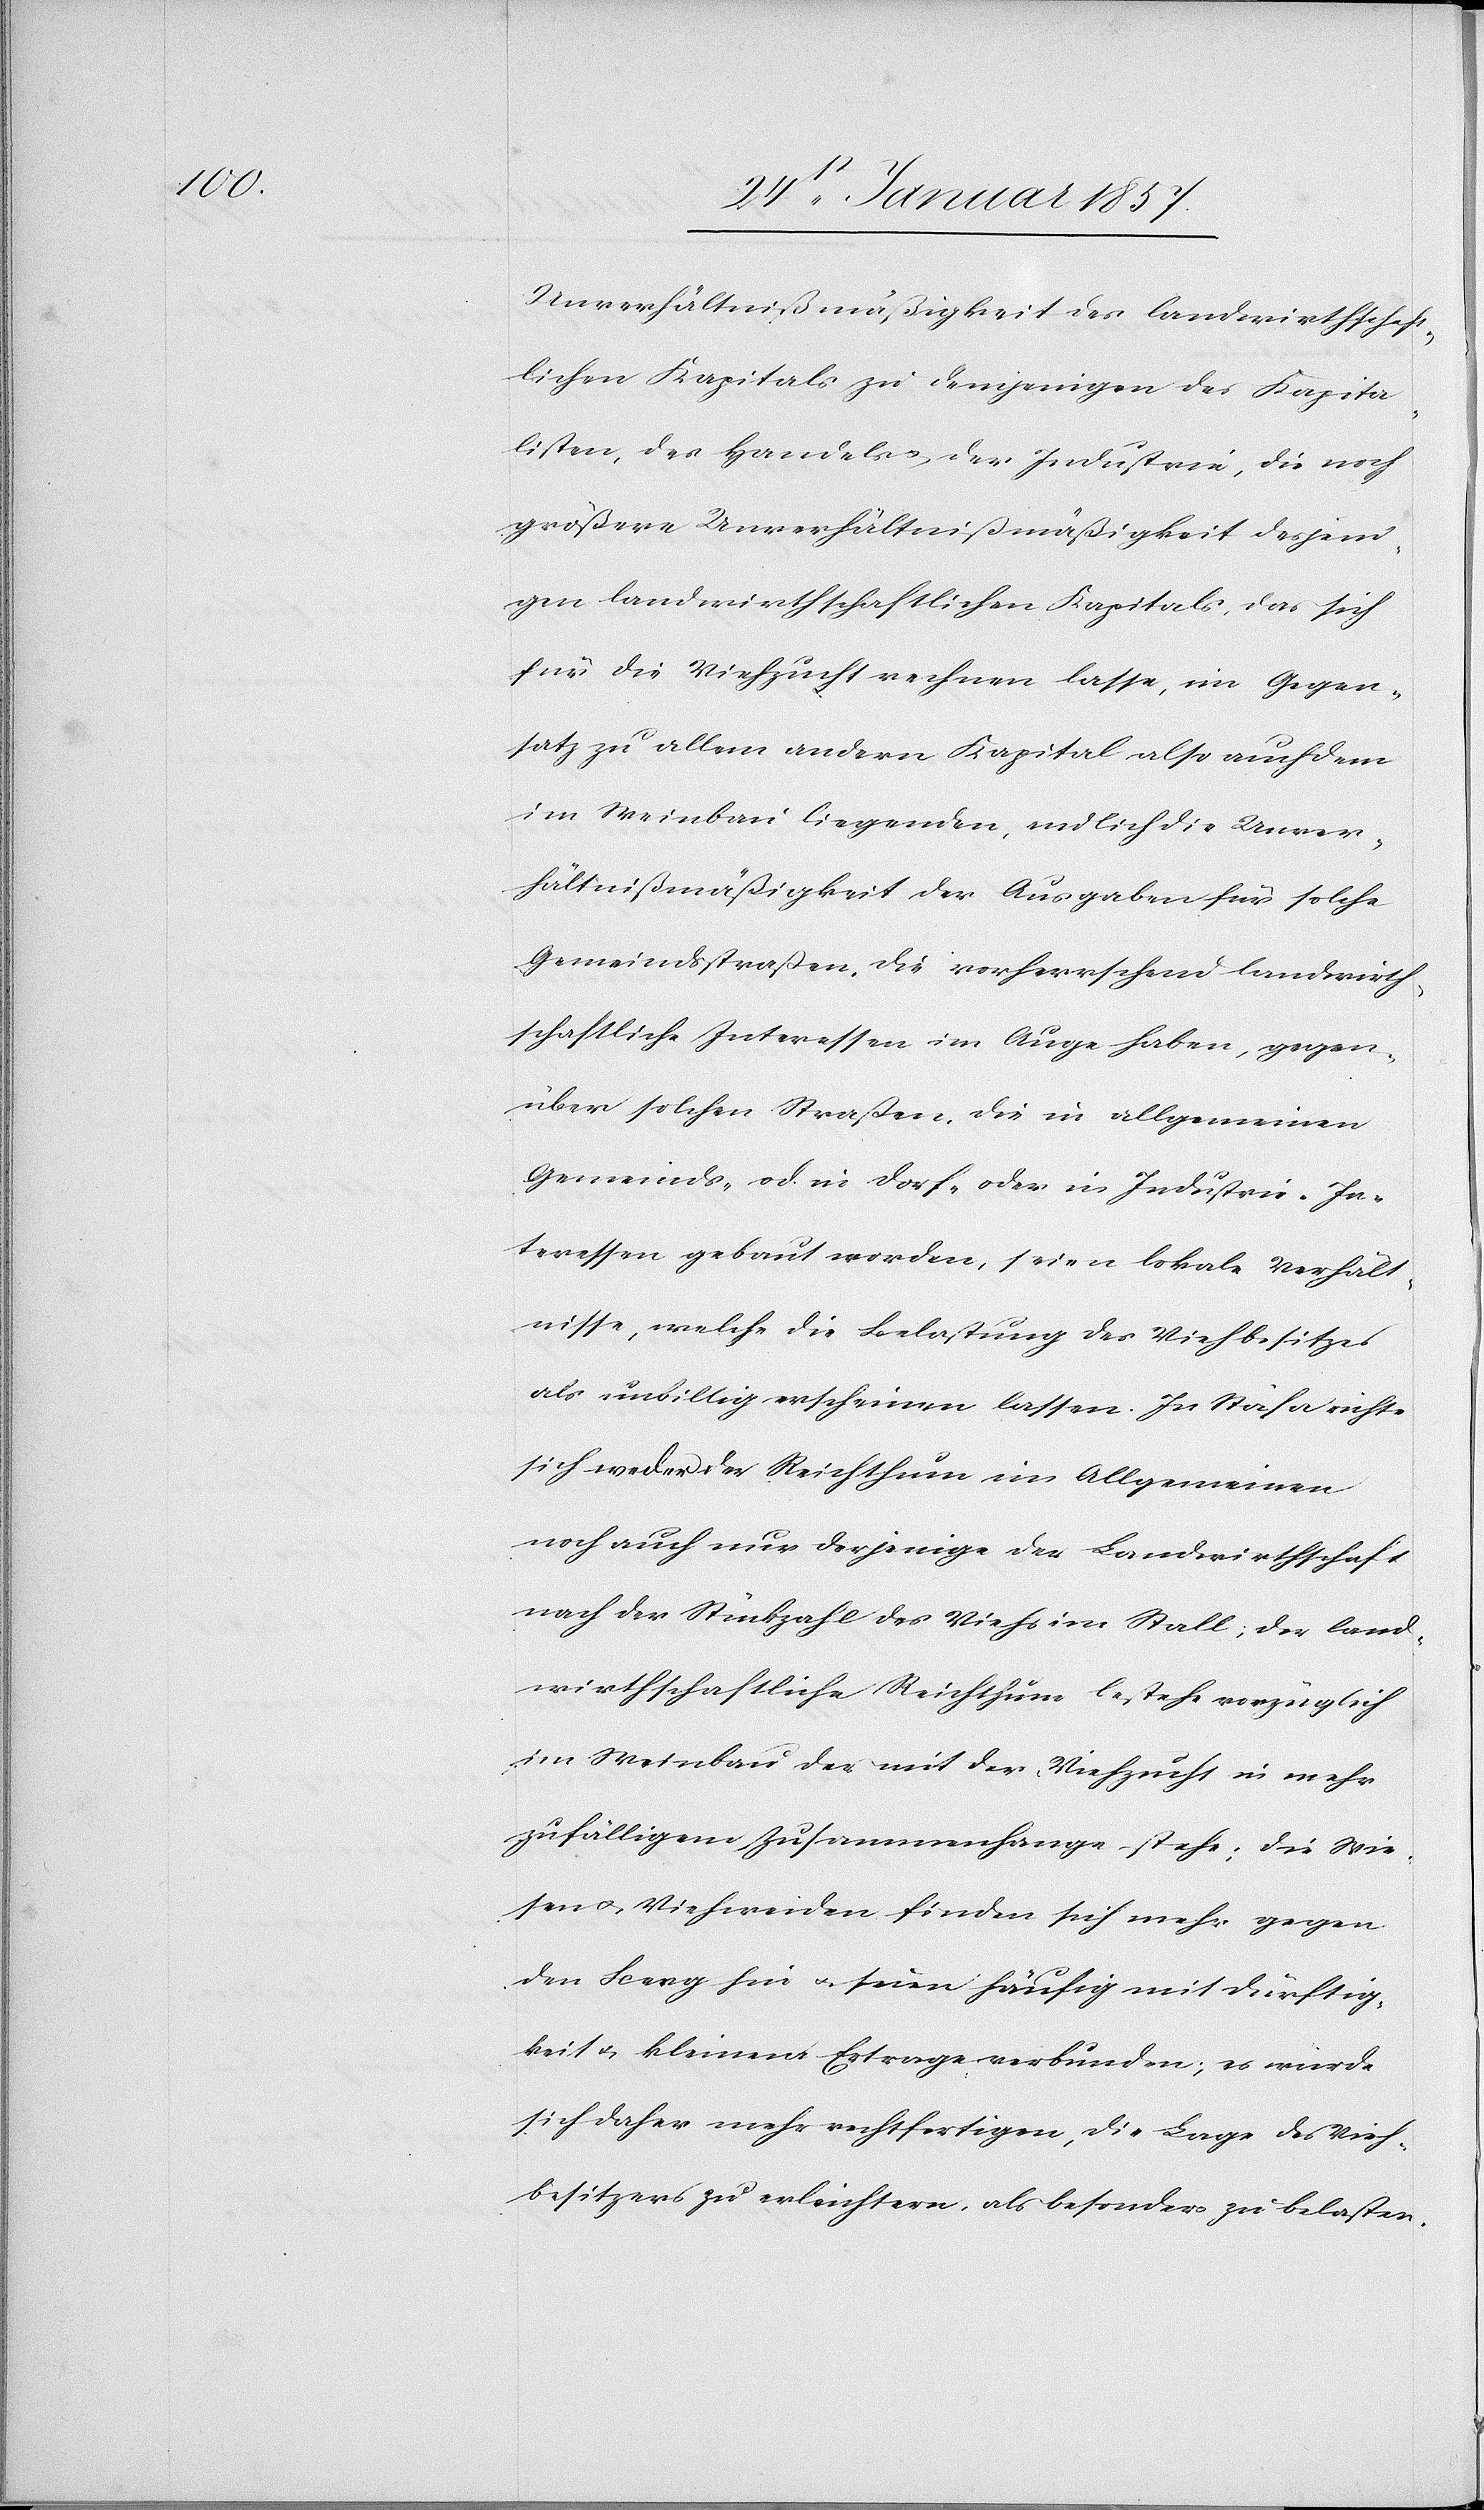
Unverhältnißmäßigkeit des landwirthschaft¬
lichen Kapitals zu denjenigen des Kapita¬
listen, des Handels, der Industrie, die noch
größere Unverhältnißmäßikeit desjeni¬
gen landwirthschaftlichen Kapitals, das sich
für die Viehzucht rechnen lasse, im Gegen¬
satz zu allem andern Kapital also auch dem
im Weinbau liegenden, endlich die Unver¬
hältnißmäßigkeit der Ausgaben für solche
Gemeindsstraßen, die vorherrschend landwirth¬
schaftliche Interessen im Auge haben, gegen¬
über solchen Straßen, die in allgemeinen
Gemeinds- od. in Dorf- oder in Industrie-In¬
teressen gebaut werden, seien lokale Verhält¬
nisse, welche die Belastung des Viehbesitzes
als unbillig erscheinen lassen. In Stäfa richte
sich weder der Reichthum im Allgemeinen
noch auch nur derjenige der Landwirthschaft
nach der Stückzahl des Viehs im Stall; der land¬
wirthschaftliche Reichthum bestehe vorzüglich
im Weinbau der mit der Viehzucht in mehr
zufälligem Zusammenhange stehe; die Wie¬
sen & Viehweiden finden sich mehr gegen
den Berg hin u. seien häufig mit Dürftig¬
keit & kleinem Ertrage verbunden; es würde
sich daher mehr rechfertigen, die Lage des Vieh¬
besitzers zu erleichtern, als besonders zu belasten.